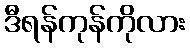
ဒီရန်ကုန်ကိုလား